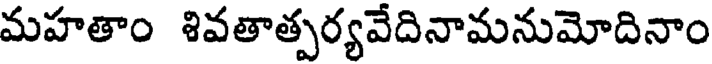
మహతాం శివతాత్పర్యవేదినామనుమోదినాం